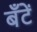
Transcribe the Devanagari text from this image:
बँटें